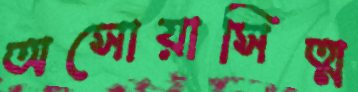
অসোয়াসিত্ম